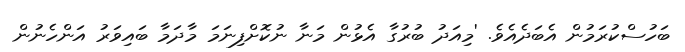
ބަހުސްކުރަމުން އެބަދެއެވެ. 'މިއަދު ބުރުގާ އެޅުން މަނާ ނުކޮށްފިނަމަ މާދަމާ ބައިވަރު އަންހެނުން